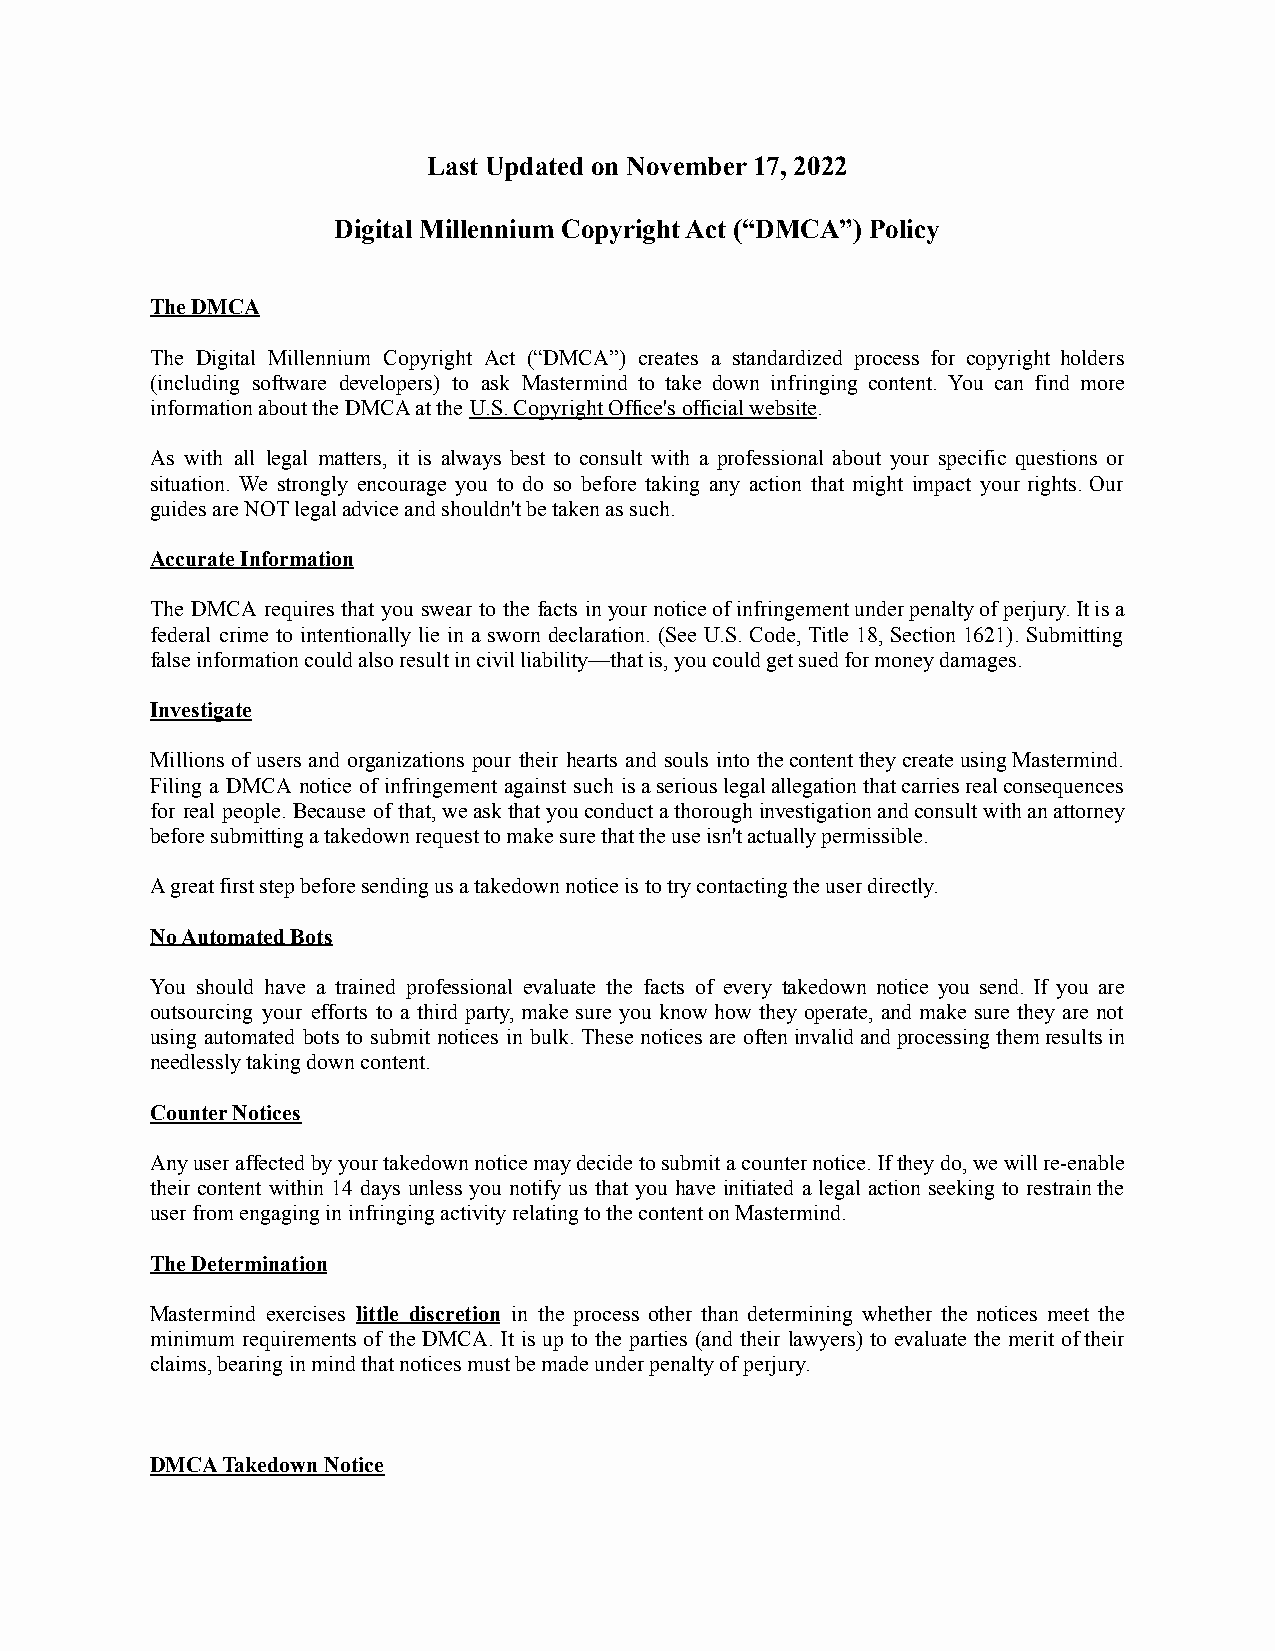
Last Updated on November 17, 2022
 Digital Millennium Copyright Act (“DMCA”) Policy
 The DMCA
 The Digital Millennium Copyright Act (“DMCA”) creates a standardized process for copyright holders
 (including software developers) to ask Mastermind to take down infringing content. You can find more
 information about the DMCA at the U.S. Copyright Office'sofficial website.
 As with all legal matters, it is always best to consult with a professional about your specific questions or
 situation. We strongly encourage you to do so before taking any action that might impact your rights. Our
 guides are NOT legal advice and shouldn't be taken as such.
 Accurate Information
 The DMCA requires that you swear to the facts inyournoticeofinfringementunderpenaltyofperjury.Itisa
 federal crime to intentionally lie in a sworn declaration. (See U.S. Code, Title 18, Section 1621). Submitting
 false information could also result in civil liability—that is, you could get sued for money damages.
 Investigate
 Millions of users and organizations pour their hearts and souls into thecontenttheycreateusingMastermind.
 Filing a DMCA notice of infringement against such isaseriouslegalallegationthatcarriesrealconsequences
 for real people. Because of that,weaskthatyouconductathoroughinvestigationandconsultwithanattorney
 before submitting a takedown request to make sure that the use isn't actually permissible.
 A great first step before sending us a takedown notice is to try contacting the user directly.
 No Automated Bots
 You should have a trained professional evaluate the facts of every takedown notice you send. If you are
 outsourcing your efforts to a third party, make sure you know how they operate, and make sure they are not
 using automated bots to submit notices in bulk. These notices are ofteninvalidandprocessingthemresultsin
 needlessly taking down content.
 Counter Notices
 Anyuseraffectedbyyourtakedownnoticemaydecidetosubmitacounternotice.Iftheydo,wewillre-enable
 their content within 14 days unless you notify us that you have initiated a legal action seeking to restrainthe
 user from engaging in infringing activity relating to the content on Mastermind.
 The Determination
 Mastermind exercises little discretion in the process other than determining whether the notices meet the
 minimum requirements of the DMCA. It is up to the parties (and their lawyers) to evaluate the merit oftheir
 claims, bearing in mind that notices must be made under penalty of perjury.
 DMCA Takedown Notice